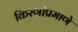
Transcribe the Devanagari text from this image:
किरणांप्रमाणे